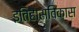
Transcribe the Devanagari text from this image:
इतिहासविकास